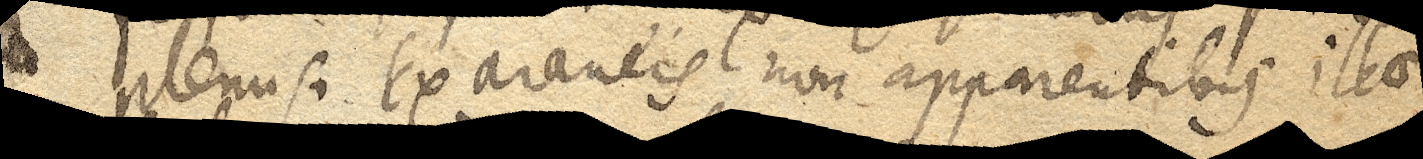
plenus, ex araneis non apparentibus illae